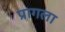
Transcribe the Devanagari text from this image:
प्रागला